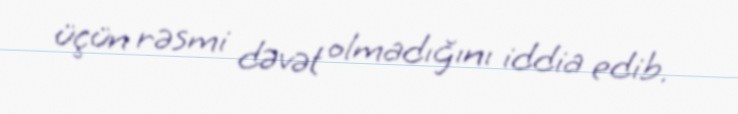
üçün rəsmi dəvət olmadığını iddia edib.